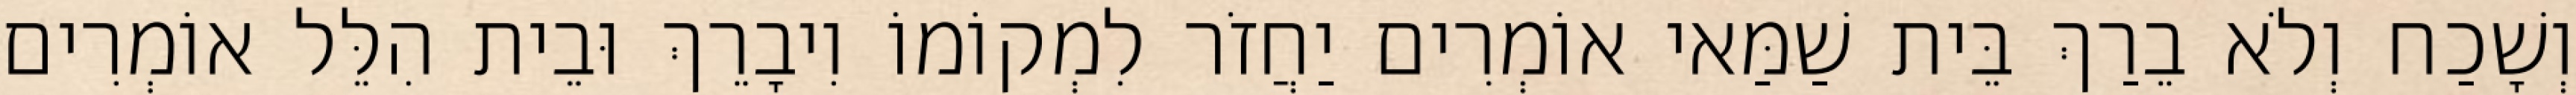
וְשָׁכַח וְלֹא בֵרַךְ בֵּית שַׁמַּאי אוֹמְרִים יַחֲזֹר לִמְקוֹמוֹ וִיבָרֵךְ וּבֵית הִלֵּל אוֹמְרִים